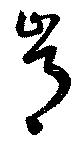
肯